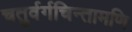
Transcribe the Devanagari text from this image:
चतुर्वर्गचिन्तामणि